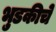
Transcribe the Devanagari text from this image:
भुडकीचे